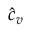
\hat { c } _ { v }